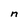
Character: n